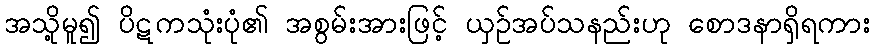
အသို့မူ၍ ပိဋကသုံးပုံ၏ အစွမ်းအားဖြင့် ယှဉ်အပ်သနည်းဟု စောဒနာရှိရကား